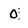
Character: 0